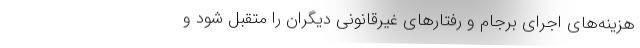
هزینه‌های اجرای برجام و رفتارهای غیرقانونی دیگران را متقبل شود و